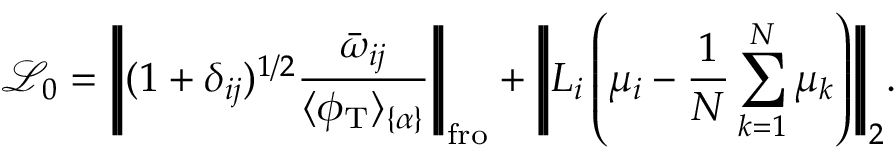
\mathcal { L } _ { 0 } = \Bigg | \! \Bigg | ( 1 + \delta _ { i j } ) ^ { 1 / 2 } \frac { \bar { \omega } _ { i j } } { \langle \phi _ { \mathrm { T } } \rangle _ { \{ \alpha \} } } \Bigg | \! \Bigg | _ { \mathrm { f r o } } + \Bigg | \! \Bigg | L _ { i } \left( \mu _ { i } - \frac { 1 } { N } \sum _ { k = 1 } ^ { N } \mu _ { k } \right) \! \Bigg | \! \Bigg | _ { 2 } .